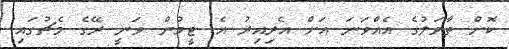
ކޮށް ތާވަލުގެ އެއްވަނަ އަށް އެރިއިރު އެ ޓީމުން ވަނީ ރޭގެ މެޗުގައި